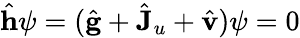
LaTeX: \hat{\mathbf h}\psi=(\hat{\mathbf g}+\hat{\mathbf J}_{u}+\hat{\mathbf v})\psi=0